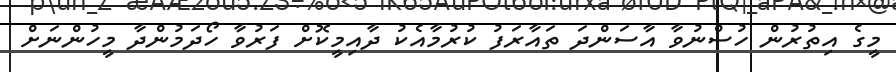
މީގެ އިތުރުން ހުސްނުވާ އާސަންދަ ތައާރަފު ކުރުމާއެކު ދާއިމީކޮށް ފަރުވާ ހޯދަމުންދާ މީހުންނަށް